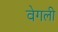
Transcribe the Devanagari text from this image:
वेगली